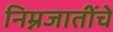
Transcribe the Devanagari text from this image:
निम्नजातींचे